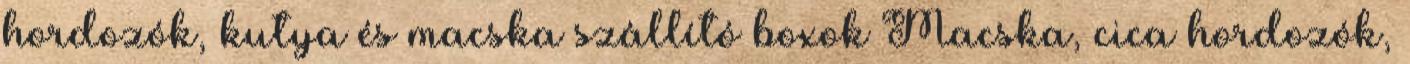
hordozók, kutya és macska szállító boxok Macska, cica hordozók,